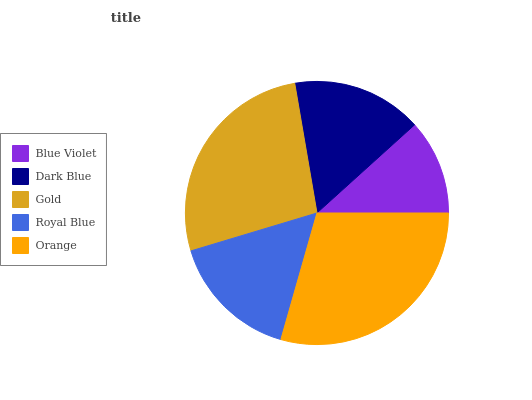
| Blue Violet | Dark Blue | Gold | Royal Blue | Orange |
 | --- | --- | --- | --- | --- |
 | 11.7% | 16.1% | 26.9% | 15.9% | 29.4% |